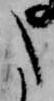
た